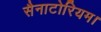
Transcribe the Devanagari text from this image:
सैनाटोरियम।